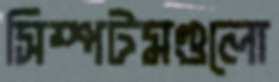
সিম্পটমগুলো